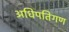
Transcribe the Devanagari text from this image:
अधिपतिगण